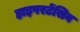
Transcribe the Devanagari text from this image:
हाइपरटेंसिव